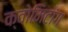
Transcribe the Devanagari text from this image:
क्वोमिटांग